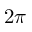
2 \pi